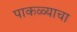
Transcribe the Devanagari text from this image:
पाकळ्याचा